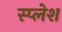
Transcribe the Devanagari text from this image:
स्प्लेश